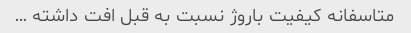
متاسفانه کیفیت باروژ نسبت به قبل افت داشته …